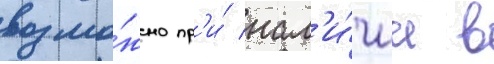
возмо́жно пр'и́ нал'и́чии в